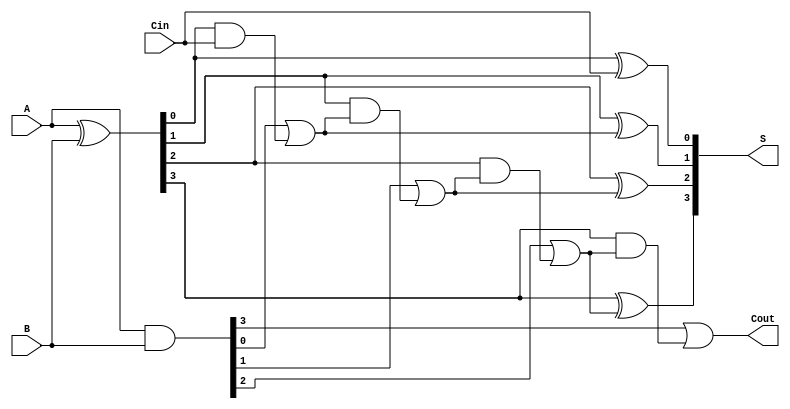
module LingAdder #(parameter n = 4) (
    input [n-1:0] A,        // n-bit input A
    input [n-1:0] B,        // n-bit input B
    input Cin,              // Carry-in
    output [n-1:0] S,       // n-bit output Sum
    output Cout              // Carry-out
);

    // Generate and Propagate signals
    wire [n-1:0] G; // Generate
    wire [n-1:0] P; // Propagate
    wire [n:0] C;    // Carry signals
    
    // Generate and Propagate logic
    assign G = A & B;            // Generate: G[i] = A[i] & B[i]
    assign P = A ^ B;            // Propagate: P[i] = A[i] ^ B[i]

    // Carry logic
    assign C[0] = Cin;           // C[0] is initial carry-in
    genvar i;
    generate
        for (i = 0; i < n; i = i + 1) begin : carry_gen
            assign C[i + 1] = G[i] | (P[i] & C[i]);
        end
    endgenerate

    // Sum logic
    generate
        for (i = 0; i < n; i = i + 1) begin : sum_gen
            assign S[i] = P[i] ^ C[i]; // S[i] = P[i] ^ C[i]
        end
    endgenerate

    // Carry out
    assign Cout = C[n];           // Cout is carry-out from the last stage

endmodule